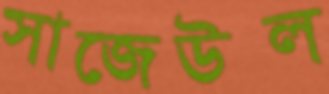
সাজেউল